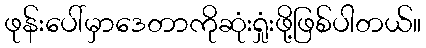
ဖုန်းပေါ်မှာဒေတာကိုဆုံးရှုံးဖို့ဖြစ်ပါတယ်။